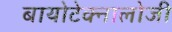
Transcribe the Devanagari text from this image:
बायोटेक्नालोजी